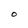
Character: O